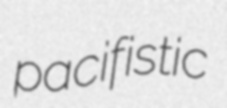
pacifistic